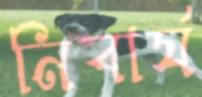
নিবার্য